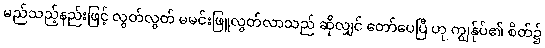
မည်သည့်နည်းဖြင့် လွတ်လွတ် မမင်းဖြူလွတ်လာသည် ဆိုလျှင် တော်ပေပြီ ဟု ကျွန်ုပ်၏ စိတ်၌